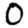
Digit: 0